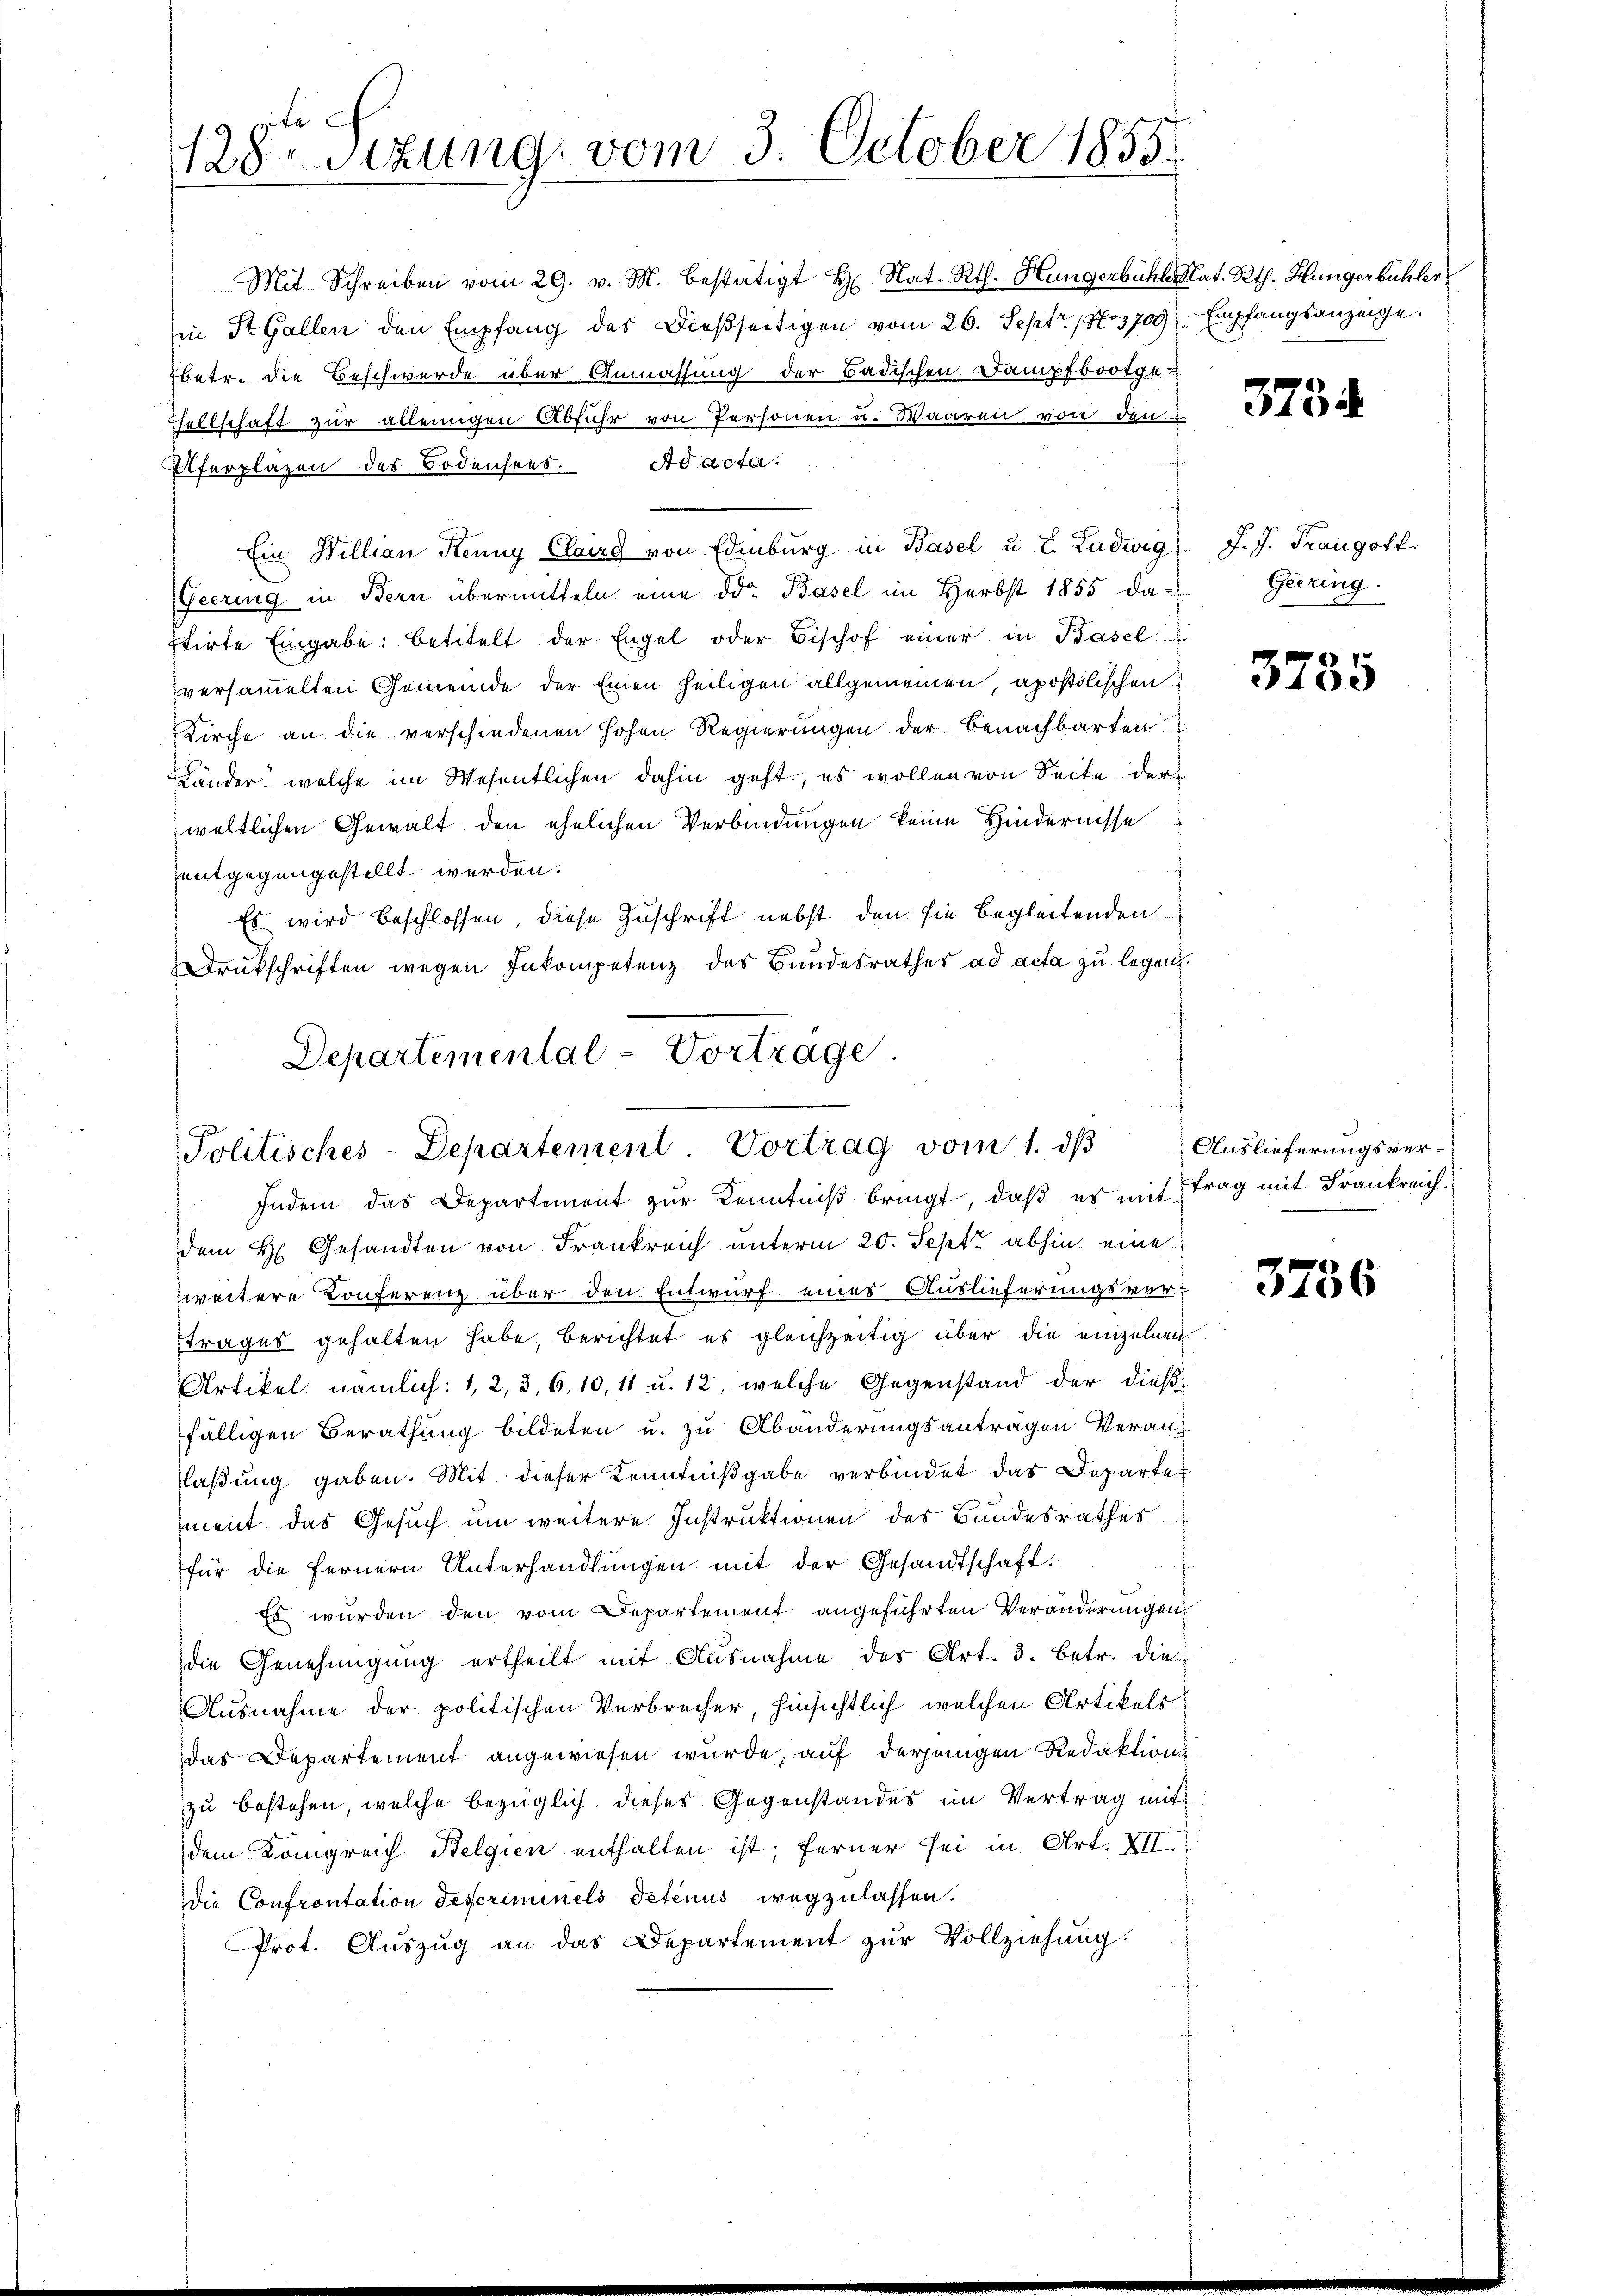
Mit Schreiben vom 29. v. M. bestätigt H. Rat- Rth. Hungerbühle Nat. Rth. Hungerbühler
Ein St. Gallen den Empfang des Dießseitigen vom 26. Sept. (No3709) Empfangsanzeige,
Ebetr. die Beschwerde über Anmassung der Badischen Dampfbootge-

Tellschaft zur alleinigen Abfuhr von Personen u. Waaren von den
Ad acta.
Uferpläzen des Bodensees.
Fiering in Bern übermitteln eine od. Basel im Herbst 1855 da- Geering
stirte Eingabe: betitelt der Engel oder Bischof einer in Basel
versammelten Gemeinde der Einen heiligen allgemeinen, apostolischen
Kirche an die verschiedenen hohen Regierungen der Benachbarten.
Länder, welche im Wesentlichen dahin geht, es wollen von Seite der
weltlichen Gewalt den ehelichen Verbindungen keine Hindernisse
entgegengestellt werden.
Es wird beschlossen, diese Zuschrift nebst den sie begleitenden
Drukschriften wegen Inkompetenz des Bundesrathes ad acta zu legen.

pite
128-Sitzung vom 3. October 1855

Ein Willian Kenny Claug von Edinburg in Basel u E. Ludwig

Departemental-Vorträge.
Politisches-Departement. Vortrag vom 1. ds
Indem das Departement zur Kenntniß bringt, daß es mit trag mit Frankreich¬

dem H. Gesandten von Frankreich unterm 20. Sept. abhin eine
weitere Conferenz über den Entwurf eines Auslieferungsvertrages gehalten habe, berichtet es gleichzeitig über die einzelnen
Artikel nämlich: 1, 2, 3, 6, 10, 11 u. 12, welche Gegenstand der dieß
fälligen Berathung bildeten u. zu Abänderungsantragen Veranlaßung gaben. Mit dieser Kenntnißgabe verbindet das Departement das Gesuch um weitere Instruktionen des Bundesrathes
für die fernern Unterhandlŭngen mit der Gesandtschaft.
Es wurden den vom Departement angeführten Veränderungen
die Genehmigung ertheilt mit Ausnahme des Art. 3. betr. die
Ausnahme der politischen Verbrecher, hinsichtlich welchen Artikels
das Departement angewiesen wurde, auf derjenigen Redaktion
zu bestehen, welche bezüglich dieses Gegenstandes im Vertrag mit
dem Königreich Belgien enthalten ist; ferner sei in Art. XII.
die Confrontation descriminels Petenus wegzulassen.
Prot. Auszug an das Departement zŭr Vollziehung.

3734

J. J. Traugoft.

3735

Auslieferungsver¬

3736